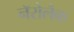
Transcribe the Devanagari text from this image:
नॅरोलैक